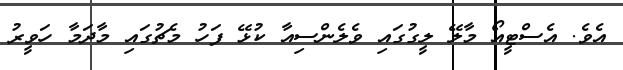
އެވެ. އެސްޓީއޯ މާލޭ ލީގުގައި ވެލެންސިއާ ކުޅޭ ފަހު މެޗުގައި މާދަމާ ހަވީރު